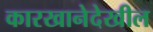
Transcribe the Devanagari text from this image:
कारखानेदेखील